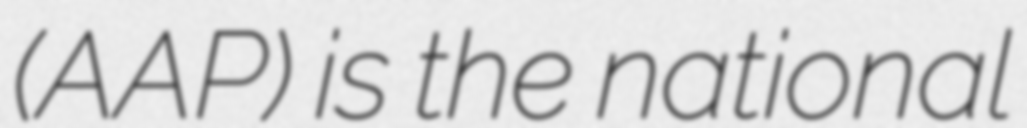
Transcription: (AAP) is the national